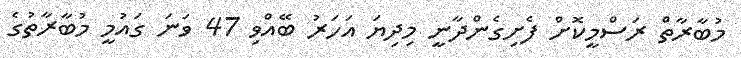
މުބާރާތް ރަސްމީކޮށް ފެށިގެންދާނީ މިދިޔަ އަހަރު ބޭއްވި 47 ވަނަ ގައުމީ މުބާރާތުގެ